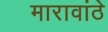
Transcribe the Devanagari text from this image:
मारावांठे